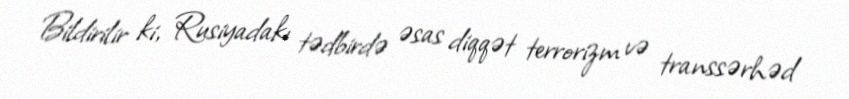
Bildirilir ki, Rusiyadakı tədbirdə əsas diqqət terrorizm və transsərhəd